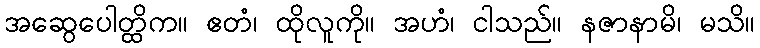
အဆွေပေါတ္ထိက။ ဧတံ၊ ထိုလူကို။ အဟံ၊ ငါသည်။ နဇာနာမိ၊ မသိ။